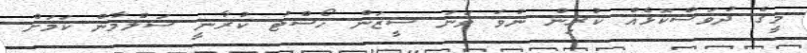
މީގެ ދުވަސްކޮޅެއް ކުރިން ނުވަ ވަނަ ސީޒަން ހޯސްޓު ކުރާނީ ސަލްމާން ކަމަށް